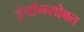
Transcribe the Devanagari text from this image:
इंचॉनसोबत